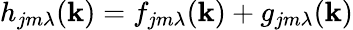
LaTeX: h_{jm\lambda}(\mathbf{k})=f_{jm\lambda}(\mathbf{k})+g_{jm\lambda}(\mathbf{k})